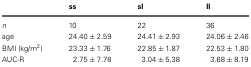
<table><thead><tr><td></td><td><b>ss</b></td><td><b>sl</b></td><td><b>ll</b></td></tr></thead><tbody><tr><td><i>n</i></td><td>10</td><td>22</td><td>36</td></tr><tr><td>age</td><td>24.40 ± 2.59</td><td>24.41 ± 2.93</td><td>24.06 ± 2.46</td></tr><tr><td>BMI (kg/m<sup>2</sup>)</td><td>23.33 ± 1.76</td><td>22.85 ± 1.87</td><td>22.53 ± 1.80</td></tr><tr><td>AUC-R</td><td>2.75 ± 7.78</td><td>3.04 ± 5.38</td><td>3.68 ± 8.19</td></tr></tbody></table>